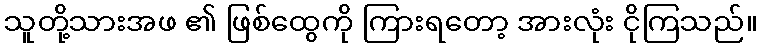
သူတို့သားအဖ ၏ ဖြစ်ထွေကို ကြားရတော့ အားလုံး ငိုကြသည်။